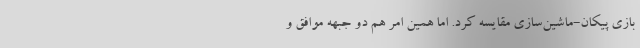
بازی پیکان-ماشین‌سازی مقایسه کرد. اما همین امر هم دو جبهه موافق و